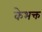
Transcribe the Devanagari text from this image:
केभक्त